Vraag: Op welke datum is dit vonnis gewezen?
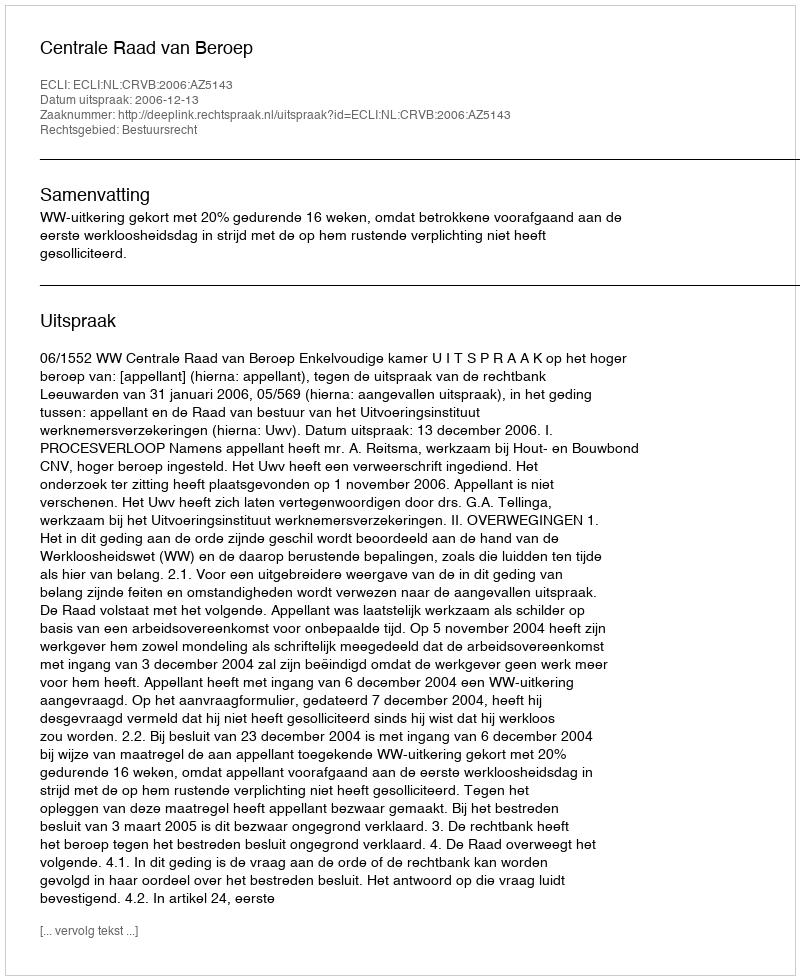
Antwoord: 2006-12-13